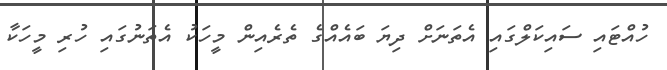
ހުއްޓައި ސައިކަލްގައި އެތަނަށް ދިޔަ ބައެއްގެ ތެރެއިން މީހަކު އެތަނުގައި ހުރި މީހަކާ